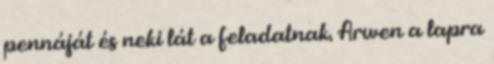
pennáját és neki lát a feladatnak. Arwen a lapra